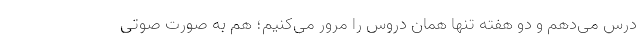
درس می‌دهم و دو هفته تنها همان دروس را مرور می‌کنیم؛ هم به صورت صوتی